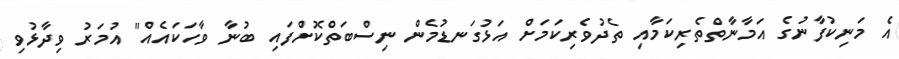
އެ މަނިކުފާނުގެ އަމާނާތްތެރިކަމާއި ތެދުވެރިކަމަށް އަޅުގަނޑުމެން ނިސްބަތްކޮށްފައި ބުނާ ވާހަކައެއް" އުމަރު ވިދާޅުވި